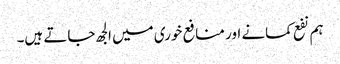
ہم نفع کمانے اور منافع خوری میں الجھ جاتے ہیں۔